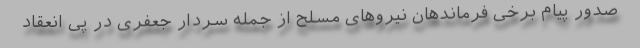
صدور پیام برخی فرماندهان نیروهای مسلح از جمله سردار جعفری در پی انعقاد